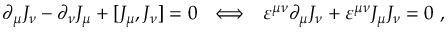
{ \partial } _ { \mu } J _ { \nu } - { \partial } _ { \nu } J _ { \mu } + [ J _ { \mu } , J _ { \nu } ] = 0 ~ ~ \Longleftrightarrow ~ ~ \varepsilon ^ { \mu \nu } { \partial } _ { \mu } J _ { \nu } + \varepsilon ^ { \mu \nu } J _ { \mu } J _ { \nu } = 0 ~ ,